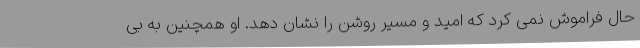
حال فراموش نمی کرد که امید و مسیر روشن را نشان دهد. او همچنین به بی